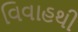
વિવાહથી